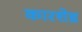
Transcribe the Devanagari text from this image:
कारशेड